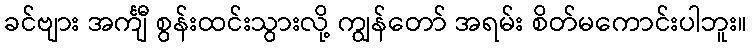
ခင်ဗျား အင်္ကျီ စွန်းထင်းသွားလို့ ကျွန်တော် အရမ်း စိတ်မကောင်းပါဘူး။